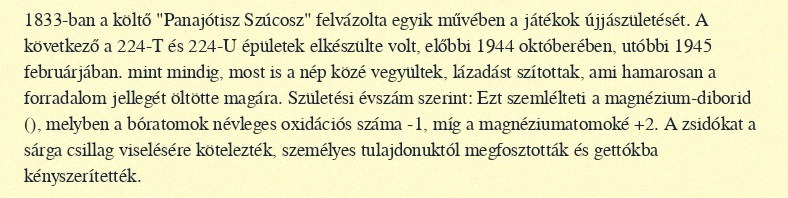
1833-ban a költő "Panajótisz Szúcosz" felvázolta egyik művében a játékok újjászületését. A következő a 224-T és 224-U épületek elkészülte volt, előbbi 1944 októberében, utóbbi 1945 februárjában. mint mindig, most is a nép közé vegyültek, lázadást szítottak, ami hamarosan a forradalom jellegét öltötte magára. Születési évszám szerint: Ezt szemlélteti a magnézium-diborid (), melyben a bóratomok névleges oxidációs száma -1, míg a magnéziumatomoké +2. A zsidókat a sárga csillag viselésére kötelezték, személyes tulajdonuktól megfosztották és gettókba kényszerítették.